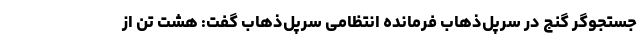
جستجوگر گنج در سرپل‌ذهاب فرمانده انتظامی سرپل‌ذهاب گفت: هشت تن از